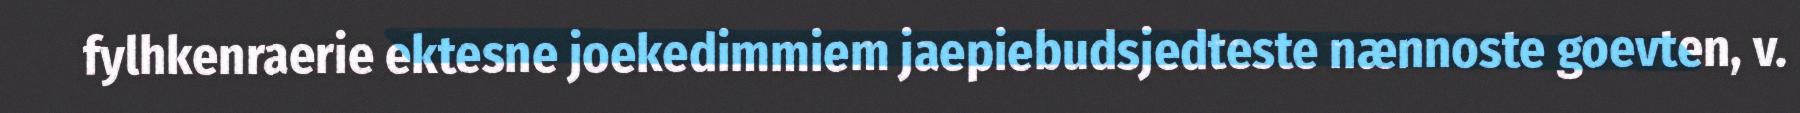
fylhkenraerie ektesne joekedimmiem jaepiebudsjedteste nænnoste goevten, v.